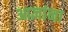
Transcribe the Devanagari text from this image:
आज्ञांना